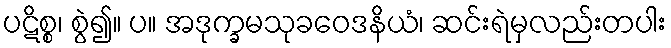
ပဋိစ္စ၊ စွဲ၍။ ပ။ အဒုက္ခမသုခဝေဒနိယံ၊ ဆင်းရဲမှလည်းတပါး